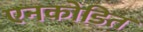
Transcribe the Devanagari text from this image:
एनकोडित